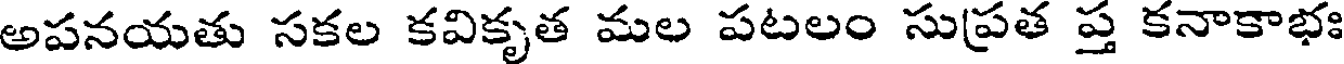
అపనయతు సకల కవికృత మల పటలం సుప్రత ప్త కనాకాభః